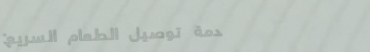
خدمة توصيل الطعام السريع: